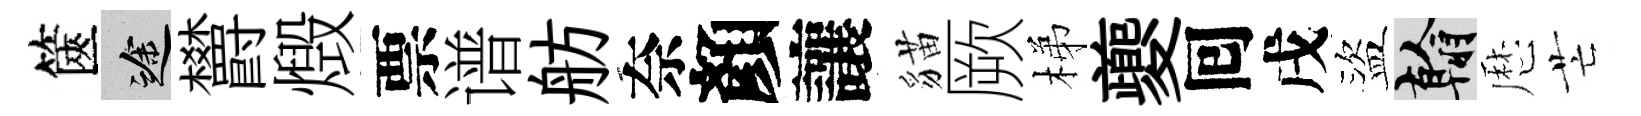
篋途欝燬票谱舫奈顏讓貓厥梯夔囘戌盜翰厯芒